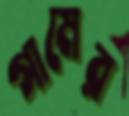
গামের